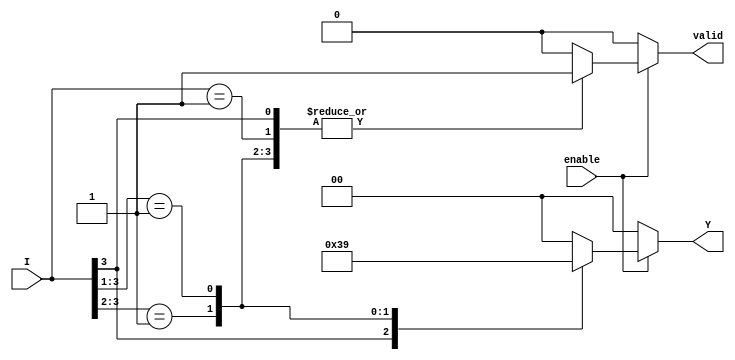
module priority_encoder (
    input wire [3:0] I,      // 4 input lines I0, I1, I2, I3
    input wire enable,       // Enable signal
    output reg [1:0] Y,      // 2-bit output for the index
    output reg valid         // Valid output signal
);

    always @(*) begin
        if (!enable) begin
            Y = 2'b00;        // Default state when not enabled
            valid = 1'b0;     // No valid output
        end else begin
            casez (I)         // Casez allows for don't care conditions
                4'b1??? : begin Y = 2'b11; valid = 1'b1; end // I3 is active
                4'b01?? : begin Y = 2'b10; valid = 1'b1; end // I2 is active
                4'b001? : begin Y = 2'b01; valid = 1'b1; end // I1 is active
                4'b0001 : begin Y = 2'b00; valid = 1'b1; end // I0 is active
                default : begin Y = 2'b00; valid = 1'b0; end // No active inputs
            endcase
        end
    end

endmodule